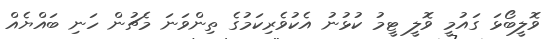
ވޮލީބޯޅަ ގައުމީ ވޮލީ ޓީމު ކުޅުނު އެކުވެރިކަމުގެ ތިންވަނަ މެޗުން ހަނި ބައްޔެއް